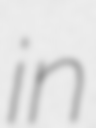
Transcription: in